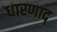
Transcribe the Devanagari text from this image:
धारणाद्